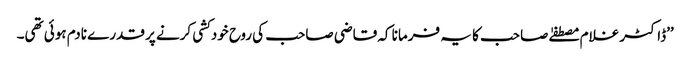
’’ڈاکٹر غلام مصطفےٰ صاحب کا یہ فرمانا کہ قاضی صاحب کی روح خودکشی کرنے پر قدرے نادم ہوئی تھی۔